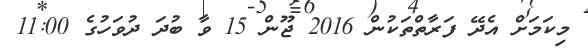
މިކަމަށް އެދޭ ފަރާތްތަކުން 2016 ޖޫން 15 ވާ ބުދަ ދުވަހުގެ 11:00